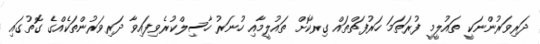
ދަރިވަރުންނަކީ ތައުލީމީ ފުރަތަމަ ހަރުފަތްތައް ގިރާކޮށް ތައުލީމާއި ހުނަރު ހާސިލްކުރެވިފައިވާ ދަރިވަރުންތަކެއްގެ ގޮތުގައި